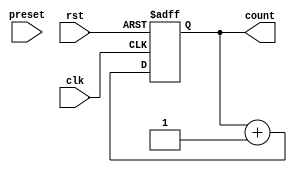
module binary_counter (
    input wire clk,
    input wire rst,
    input wire preset,
    output reg [2:0] count
);

reg [2:0] next_count;

always @(posedge clk or posedge rst) begin
    if (rst) begin
        count <= 3'b000;
    end else if (preset) begin
        count <= next_count;
    end else begin
        count <= next_count;
    end
end

always @(*) begin
    next_count = count + 1;
end

endmodule